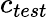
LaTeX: c_{test}